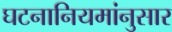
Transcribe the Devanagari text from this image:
घटनानियमांनुसार